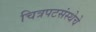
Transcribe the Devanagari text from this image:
चित्रपटसंस्थेचे